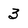
Character: 3